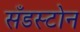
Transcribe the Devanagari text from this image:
सँडस्टोन